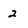
Character: 2